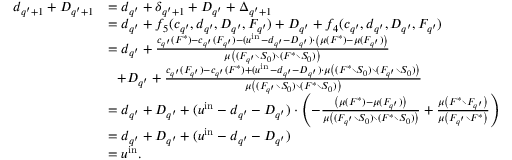
\begin{array} { r l } { d _ { q ^ { \prime } + 1 } + D _ { q ^ { \prime } + 1 } } & { = d _ { q ^ { \prime } } + \delta _ { q ^ { \prime } + 1 } + D _ { q ^ { \prime } } + \Delta _ { q ^ { \prime } + 1 } } \\ { } & { = d _ { q ^ { \prime } } + f _ { 5 } ( c _ { q ^ { \prime } } , d _ { q ^ { \prime } } , D _ { q ^ { \prime } } , F _ { q ^ { \prime } } ) + D _ { q ^ { \prime } } + f _ { 4 } ( c _ { q ^ { \prime } } , d _ { q ^ { \prime } } , D _ { q ^ { \prime } } , F _ { q ^ { \prime } } ) } \\ { } & { = d _ { q ^ { \prime } } + \frac { c _ { q ^ { \prime } } ( F ^ { * } ) - c _ { q ^ { \prime } } ( F _ { q ^ { \prime } } ) - ( u ^ { \mathrm { i n } } - d _ { q ^ { \prime } } - D _ { q ^ { \prime } } ) \cdot \left( \mu ( F ^ { * } ) - \mu ( F _ { q ^ { \prime } } ) \right) } { \mu \left( ( F _ { q ^ { \prime } } \setminus S _ { 0 } ) \setminus ( F ^ { * } \setminus S _ { 0 } ) \right) } } \\ { } & { ~ ~ + D _ { q ^ { \prime } } + \frac { c _ { q ^ { \prime } } ( F _ { q ^ { \prime } } ) - c _ { q ^ { \prime } } ( F ^ { * } ) + ( u ^ { \mathrm { i n } } - d _ { q ^ { \prime } } - D _ { q ^ { \prime } } ) \cdot \mu \left( ( F ^ { * } \setminus S _ { 0 } ) \setminus ( F _ { q ^ { \prime } } \setminus S _ { 0 } ) \right) } { \mu \left( ( F _ { q ^ { \prime } } \setminus S _ { 0 } ) \setminus ( F ^ { * } \setminus S _ { 0 } ) \right) } } \\ { } & { = d _ { q ^ { \prime } } + D _ { q ^ { \prime } } + ( u ^ { \mathrm { i n } } - d _ { q ^ { \prime } } - D _ { q ^ { \prime } } ) \cdot \left( - \frac { \left( \mu ( F ^ { * } ) - \mu ( F _ { q ^ { \prime } } ) \right) } { \mu \left( ( F _ { q ^ { \prime } } \setminus S _ { 0 } ) \setminus ( F ^ { * } \setminus S _ { 0 } ) \right) } + \frac { \mu \left( F ^ { * } \setminus F _ { q ^ { \prime } } \right) } { \mu \left( F _ { q ^ { \prime } } \setminus F ^ { * } \right) } \right) } \\ { } & { = d _ { q ^ { \prime } } + D _ { q ^ { \prime } } + ( u ^ { \mathrm { i n } } - d _ { q ^ { \prime } } - D _ { q ^ { \prime } } ) } \\ { } & { = u ^ { \mathrm { i n } } . } \end{array}